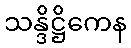
သန္ဒိဋ္ဌိကေန